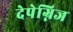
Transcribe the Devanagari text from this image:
देपेग्निज